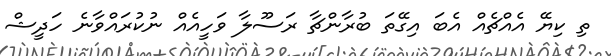
ތި ކިޔޭ އެއްޗެއް އެބަ އިގޭތަ ބުރާންޗާ ރަސޫލާ ވަހީއެއް ނުކުރައްވާނެ ހަދީޝް